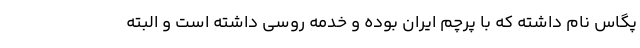
پگاس نام داشته که با پرچم ایران بوده و خدمه روسی داشته است و البته